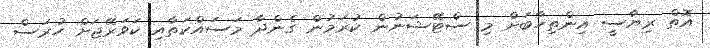
އޮތް ރިޔާސީ އިންތިހާބަށް މި ސްޓޭޝަނުން ކުރަމުން ގެންދާ މަސައްކަތާއި ކަވަރޭޖަށް ހުރަސް